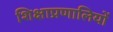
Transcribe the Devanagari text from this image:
शिक्षाप्रणालियों